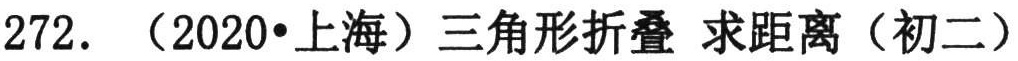
272. （2020•上海）三角形折叠 求距离（初二）